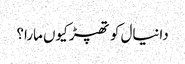
دانیال کو تھپڑ کیوں مارا؟